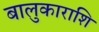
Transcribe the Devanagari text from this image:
बालुकाराशि